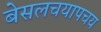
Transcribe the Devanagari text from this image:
बेसलचयापचय